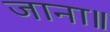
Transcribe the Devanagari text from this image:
जाना॥